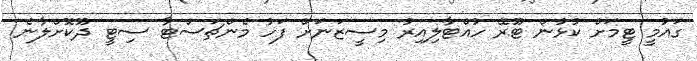
ގައުމީ ޓީމަށް ކުޅުން ޓޫރޭ ހުއްޓާލިއިރު މިސީޒަނަށް ފަހު މެންޗަސްޓާ ސިޓީ ދޫކޮށްލާނެ